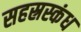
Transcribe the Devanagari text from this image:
सहस्रस्कंध